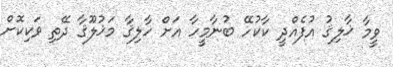
ވީމާ ޚާލިޤު އުފެއްދީ ކާކުހޭ ބުނާމީހާ އަށް ޚާލިޤާ މަޚުލޫޤާ ދޭތި ވަކިކޮށް